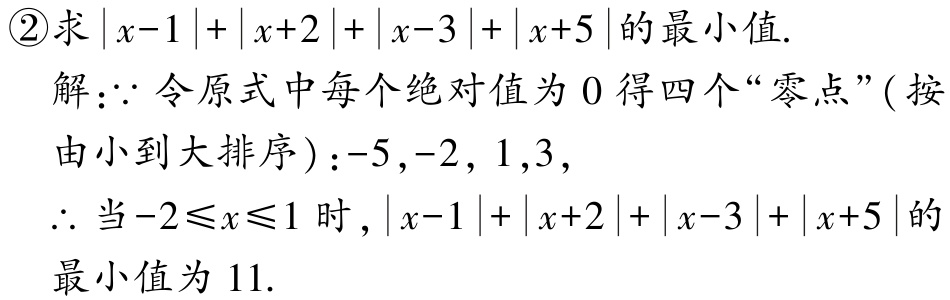
\textcircled{2}求\(\vert x - 1\vert+\vert x + 2\vert+\vert x - 3\vert+\vert x + 5\vert\)的最小值.

解：\(\because\)令原式中每个绝对值为\(0\)得四个“零点”( 按由小到大排序 )：\(-5,-2, 1,3\)，

\(\therefore\)当\(-2\leqslant x\leqslant1\)时，\(\vert x - 1\vert+\vert x + 2\vert+\vert x - 3\vert+\vert x + 5\vert\)的最小值为\(11\).